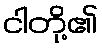
ငါတို့၏